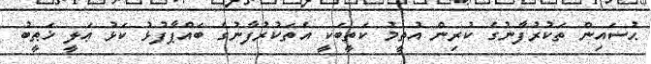
ޙުސައިން ތަކުރުފާނުގެ ކުރިން އުތީމު ކަތީބަކީ އެތަކުރުފާނުގެ ބައްޕާފުޅު ކަޅު ޢަލީ ޚަޠީބު